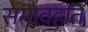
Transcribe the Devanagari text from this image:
समावहति